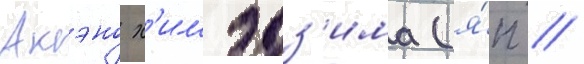
Акэно х'имэдз'има (я́п //